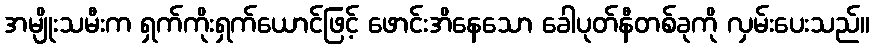
အမျိုးသမီးက ရှက်ကိုးရှက်ယောင်ဖြင့် ဖောင်းအိနေသော ခေါပုတ်နီတစ်ခုကို လှမ်းပေးသည်။